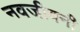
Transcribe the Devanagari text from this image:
नवजीवनी